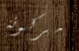
مركونة